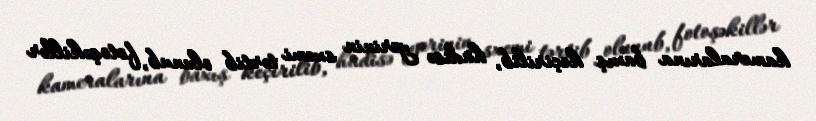
kameralarına baxış keçirilib, hadisə yerinin sxemi tərtib olunub, fotoşəkillər